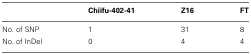
<table><thead><tr><td></td><td><b>Chiifu-402-41</b></td><td><b>Z16</b></td><td><b>FT</b></td></tr></thead><tbody><tr><td>No. of SNP</td><td>1</td><td>31</td><td>8</td></tr><tr><td>No. of InDel</td><td>0</td><td>4</td><td>4</td></tr></tbody></table>